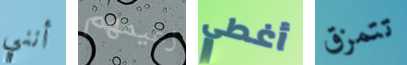
أنني زعيمهم أغطي تتمزق